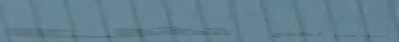
مطعم السلطاني يقدم لكم أش